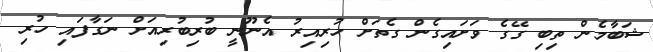
ޝަބާމެން ތިބި ގޭގެ ވަށައިގެން ގެތަށް ހުރިއިރު އެނޫނީ ބުރިބުރިއަށް ނަގާފައި ހުރި